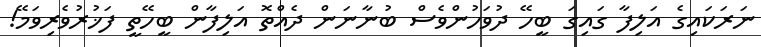
ނަރަކައިގެ އަލިފާ ގައިގަ ބީހޭ ދުވަހުންވެސް ބުނާނަން ދެއްތޮ އަލިފާން ބީހޭތީ ފަޚުރުވެރިވަމޭ!